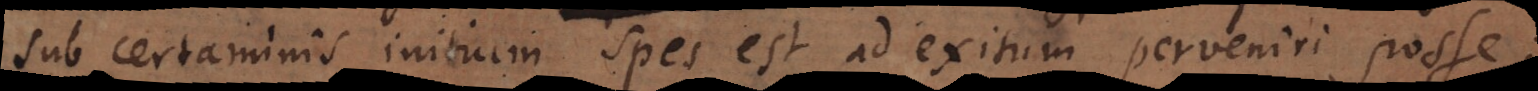
sub certaminis initium spes est ad exitum perveniri posse;